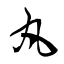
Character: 丸